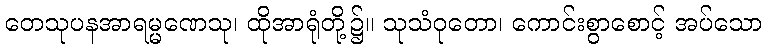
တေသုပနအာရမ္မဏေသု၊ ထိုအာရုံတို့၌။ သုသံဝုတော၊ ကောင်းစွာစောင့် အပ်သော